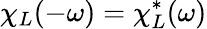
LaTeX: \chi_{L}(-\omega)=\chi_{L}^{*}(\omega)